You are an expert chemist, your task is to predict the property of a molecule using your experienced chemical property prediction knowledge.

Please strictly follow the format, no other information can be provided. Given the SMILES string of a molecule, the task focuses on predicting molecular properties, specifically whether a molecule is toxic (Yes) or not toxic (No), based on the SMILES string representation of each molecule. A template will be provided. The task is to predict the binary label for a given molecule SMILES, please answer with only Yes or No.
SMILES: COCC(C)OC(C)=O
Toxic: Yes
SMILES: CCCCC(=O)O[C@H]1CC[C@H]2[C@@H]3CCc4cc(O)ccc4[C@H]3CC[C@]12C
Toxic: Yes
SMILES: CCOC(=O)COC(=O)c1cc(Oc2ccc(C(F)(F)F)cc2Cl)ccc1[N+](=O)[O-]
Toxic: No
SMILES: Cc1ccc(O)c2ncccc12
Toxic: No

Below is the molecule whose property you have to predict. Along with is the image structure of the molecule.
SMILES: CN(C)CCCN
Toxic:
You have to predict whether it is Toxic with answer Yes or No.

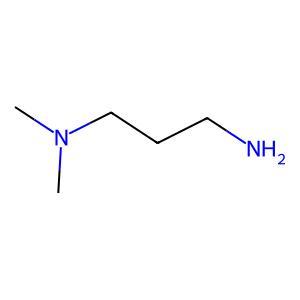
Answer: No